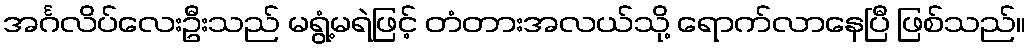
အင်္ဂလိပ်လေးဦးသည် မရွံ့မရဲဖြင့် တံတားအလယ်သို့ ရောက်လာနေပြီ ဖြစ်သည်။